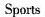
Sports